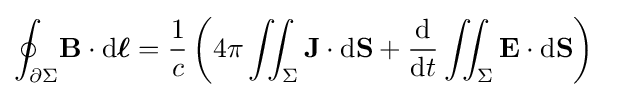
{\begin{aligned}\oint _{\partial \Sigma }&\mathbf {B} \cdot \mathrm {d} {\boldsymbol {\ell }}={\frac {1}{c}}\left(4\pi \iint _{\Sigma }\mathbf {J} \cdot \mathrm {d} \mathbf {S} +{\frac {\mathrel {\mathrm {d} } }{\mathrm {d} t}}\iint _{\Sigma }\mathbf {E} \cdot \mathrm {d} \mathbf {S} \right)\end{aligned}}